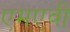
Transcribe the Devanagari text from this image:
एमएवी